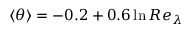
\langle \theta \rangle = - 0 . 2 + 0 . 6 \ln { R e _ { \lambda } }